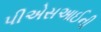
પીએસઆઈની